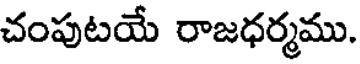
చంపుటయే రాజధర్మము.